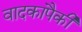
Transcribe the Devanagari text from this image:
वादकांपैकी